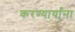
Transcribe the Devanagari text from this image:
करण्यार्यांना